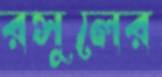
রসুলের